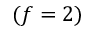
( f = 2 )